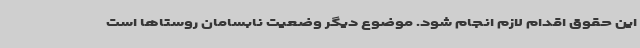
این حقوق اقدام لازم انجام شود. موضوع دیگر وضعیت نابسامان روستاها است